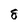
Character: 8